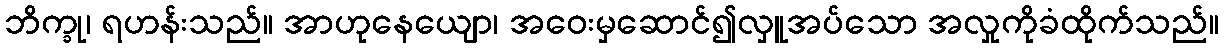
ဘိက္ခု၊ ရဟန်းသည်။ အာဟုနေယျော၊ အဝေးမှဆောင်၍လှူအပ်သော အလှုကိုခံထိုက်သည်။